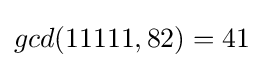
gcd(11111,82)=41